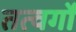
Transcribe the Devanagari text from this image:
तत्वर्गों